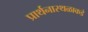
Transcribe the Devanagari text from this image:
प्रार्थनास्थळाकडे